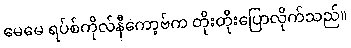
မေမေ ရပ်စ်ကိုလ်နီကော့ဗ်က တိုးတိုးပြောလိုက်သည်။